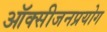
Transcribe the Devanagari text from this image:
ऑक्सीजनप्रयोग